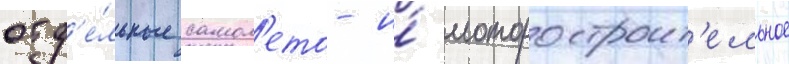
отд'е́льные самол'ето- и́ моторостроит'ельное